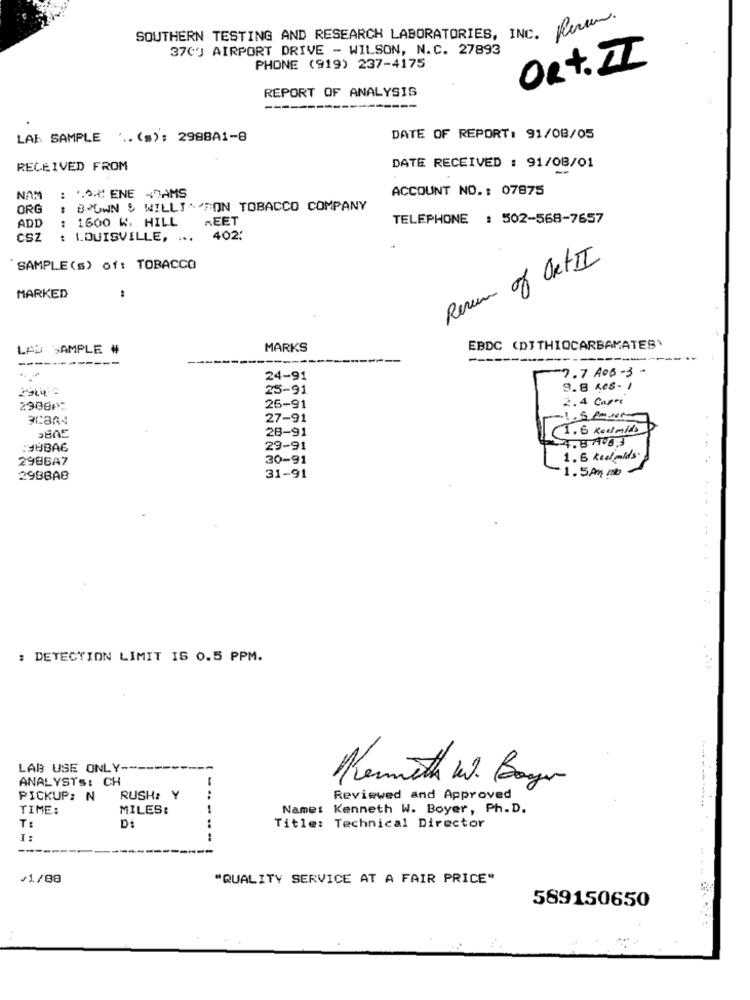
SOUTHERN TESTING AND RESEARCH LABORATORIES, INC. Rever.
370J AIRPORT DRIVE - WILSON, N.C. 27893
ORt. II
PHONE (919) 237-4175
REPORT OF ANALYSIS
--------
LAB SAMPLE ... (s): 2988A1-8
DATE OF REPORT: 91/08/05
RECEIVED FROM
DATE RECEIVED : 91/08/01
ACCOUNT NO. : 07875
NAM
: 1.58 ENE -DAMS
ORG
BROWN S WILLIAMSON TOBACCO COMPANY
1600 W, HILL
REET
TELEPHONE : 502-568-7657
ADD
CSZ
: LOUISVILLE, ...
402.
Reven of Ort II
SAMPLE (s) of: TOBACCO
MARKED
LAS SAMPLE #
MARKS
EBDC (DITHIOCARBAMATES'
-------------
7.7 A08-3-
24-91
25-91
9.8 ROB- 1
2.4 Cagri
2908℃
26-91
30:3A4
27-91
28-91
1.6 keelmlts
3805
24.87408:3
:3UBA6
29-91
2986A7
30-91
1.6 kw olds
1.5Am rob
29BBA8
31-91
: DETECTION LIMIT IS 0.5 PPM.
....
LAB USE ONLY-
ANALYSTS: CH
Kenneth W. Bogen
PICKUP: N
RUSH: Y
Reviewed and Approved
TIME:
MILES:
Name: Kenneth W. Boyer, Ph.D.
T:
Title: Technical Director
I:
.....
/1/88
"QUALITY SERVICE AT A FAIR PRICE"
589150650